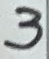
Text: 3